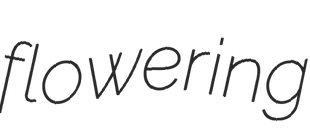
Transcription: flowering